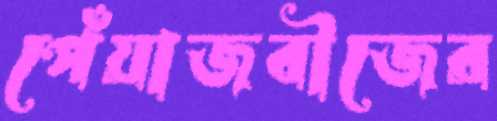
পেঁয়াজবীজের